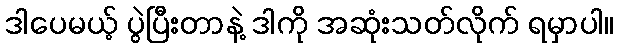
ဒါပေမယ့် ပွဲပြီးတာနဲ့ ဒါကို အဆုံးသတ်လိုက် ရမှာပါ။